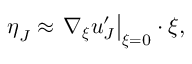
\boldsymbol { \eta } _ { J } \approx \left. \nabla _ { \boldsymbol { \xi } } \boldsymbol { u } _ { J } ^ { \prime } \right| _ { \boldsymbol { \xi } = 0 } \cdot \boldsymbol { \xi } ,